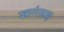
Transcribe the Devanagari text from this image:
जागंसह